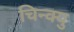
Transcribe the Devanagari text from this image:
चिन्क्यु